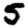
Digit: 5